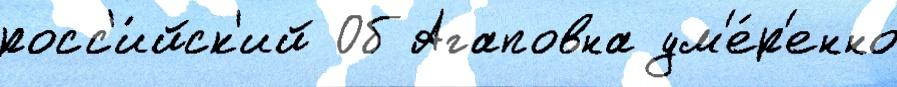
росс'и́йск'ий Об Агаповна ум'е́р'енно